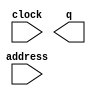
// megafunction wizard: %ROM: 1-PORT%VBB%
// GENERATION: STANDARD
// VERSION: WM1.0
// MODULE: altsyncram 

// ============================================================
// Megafunction Name(s):
// 			altsyncram
//
// Simulation Library Files(s):
// 			altera_mf
// ============================================================
// ************************************************************
// THIS IS A WIZARD-GENERATED FILE. DO NOT EDIT THIS FILE!
//
// 20.1.0 Build 711 06/05/2020 SJ Standard Edition
// ************************************************************

//Copyright (C) 2020  Intel Corporation. All rights reserved.
//Your use of Intel Corporation's design tools, logic functions 
//and other software and tools, and any partner logic 
//functions, and any output files from any of the foregoing 
//(including device programming or simulation files), and any 
//associated documentation or information are expressly subject 
//to the terms and conditions of the Intel Program License 
//Subscription Agreement, the Intel Quartus Prime License Agreement,
//the Intel FPGA IP License Agreement, or other applicable license
//agreement, including, without limitation, that your use is for
//the sole purpose of programming logic devices manufactured by
//Intel and sold by Intel or its authorized distributors.  Please
//refer to the applicable agreement for further details, at
//https://fpgasoftware.intel.com/eula.

module audio_memory (
	address,
	clock,
	q);

	input	[17:0]  address;
	input	  clock;
	output	[15:0]  q;
`ifndef ALTERA_RESERVED_QIS
// synopsys translate_off
`endif
	tri1	  clock;
`ifndef ALTERA_RESERVED_QIS
// synopsys translate_on
`endif

endmodule

// ============================================================
// CNX file retrieval info
// ============================================================
// Retrieval info: PRIVATE: ADDRESSSTALL_A NUMERIC "0"
// Retrieval info: PRIVATE: AclrAddr NUMERIC "0"
// Retrieval info: PRIVATE: AclrByte NUMERIC "0"
// Retrieval info: PRIVATE: AclrOutput NUMERIC "0"
// Retrieval info: PRIVATE: BYTE_ENABLE NUMERIC "0"
// Retrieval info: PRIVATE: BYTE_SIZE NUMERIC "8"
// Retrieval info: PRIVATE: BlankMemory NUMERIC "0"
// Retrieval info: PRIVATE: CLOCK_ENABLE_INPUT_A NUMERIC "0"
// Retrieval info: PRIVATE: CLOCK_ENABLE_OUTPUT_A NUMERIC "0"
// Retrieval info: PRIVATE: Clken NUMERIC "0"
// Retrieval info: PRIVATE: IMPLEMENT_IN_LES NUMERIC "0"
// Retrieval info: PRIVATE: INIT_FILE_LAYOUT STRING "PORT_A"
// Retrieval info: PRIVATE: INIT_TO_SIM_X NUMERIC "0"
// Retrieval info: PRIVATE: INTENDED_DEVICE_FAMILY STRING "Cyclone V"
// Retrieval info: PRIVATE: JTAG_ENABLED NUMERIC "0"
// Retrieval info: PRIVATE: JTAG_ID STRING "NONE"
// Retrieval info: PRIVATE: MAXIMUM_DEPTH NUMERIC "0"
// Retrieval info: PRIVATE: MIFfilename STRING "audio_memory.mif"
// Retrieval info: PRIVATE: NUMWORDS_A NUMERIC "240255"
// Retrieval info: PRIVATE: RAM_BLOCK_TYPE NUMERIC "2"
// Retrieval info: PRIVATE: RegAddr NUMERIC "1"
// Retrieval info: PRIVATE: RegOutput NUMERIC "1"
// Retrieval info: PRIVATE: SYNTH_WRAPPER_GEN_POSTFIX STRING "1"
// Retrieval info: PRIVATE: SingleClock NUMERIC "1"
// Retrieval info: PRIVATE: UseDQRAM NUMERIC "0"
// Retrieval info: PRIVATE: WidthAddr NUMERIC "18"
// Retrieval info: PRIVATE: WidthData NUMERIC "16"
// Retrieval info: PRIVATE: rden NUMERIC "0"
// Retrieval info: LIBRARY: altera_mf altera_mf.altera_mf_components.all
// Retrieval info: CONSTANT: ADDRESS_ACLR_A STRING "NONE"
// Retrieval info: CONSTANT: CLOCK_ENABLE_INPUT_A STRING "BYPASS"
// Retrieval info: CONSTANT: CLOCK_ENABLE_OUTPUT_A STRING "BYPASS"
// Retrieval info: CONSTANT: INIT_FILE STRING "audio_memory.mif"
// Retrieval info: CONSTANT: INTENDED_DEVICE_FAMILY STRING "Cyclone V"
// Retrieval info: CONSTANT: LPM_HINT STRING "ENABLE_RUNTIME_MOD=NO"
// Retrieval info: CONSTANT: LPM_TYPE STRING "altsyncram"
// Retrieval info: CONSTANT: NUMWORDS_A NUMERIC "240255"
// Retrieval info: CONSTANT: OPERATION_MODE STRING "ROM"
// Retrieval info: CONSTANT: OUTDATA_ACLR_A STRING "NONE"
// Retrieval info: CONSTANT: OUTDATA_REG_A STRING "CLOCK0"
// Retrieval info: CONSTANT: RAM_BLOCK_TYPE STRING "M10K"
// Retrieval info: CONSTANT: WIDTHAD_A NUMERIC "18"
// Retrieval info: CONSTANT: WIDTH_A NUMERIC "16"
// Retrieval info: CONSTANT: WIDTH_BYTEENA_A NUMERIC "1"
// Retrieval info: USED_PORT: address 0 0 18 0 INPUT NODEFVAL "address[17..0]"
// Retrieval info: USED_PORT: clock 0 0 0 0 INPUT VCC "clock"
// Retrieval info: USED_PORT: q 0 0 16 0 OUTPUT NODEFVAL "q[15..0]"
// Retrieval info: CONNECT: @address_a 0 0 18 0 address 0 0 18 0
// Retrieval info: CONNECT: @clock0 0 0 0 0 clock 0 0 0 0
// Retrieval info: CONNECT: q 0 0 16 0 @q_a 0 0 16 0
// Retrieval info: GEN_FILE: TYPE_NORMAL audio_memory.v TRUE
// Retrieval info: GEN_FILE: TYPE_NORMAL audio_memory.inc FALSE
// Retrieval info: GEN_FILE: TYPE_NORMAL audio_memory.cmp FALSE
// Retrieval info: GEN_FILE: TYPE_NORMAL audio_memory.bsf FALSE
// Retrieval info: GEN_FILE: TYPE_NORMAL audio_memory_inst.v FALSE
// Retrieval info: GEN_FILE: TYPE_NORMAL audio_memory_bb.v TRUE
// Retrieval info: GEN_FILE: TYPE_NORMAL audio_memory_syn.v TRUE
// Retrieval info: LIB_FILE: altera_mf